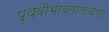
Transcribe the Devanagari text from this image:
पृथ्वीभोवतालच्या